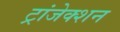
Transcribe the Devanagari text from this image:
ट्रांजेक्‍शन